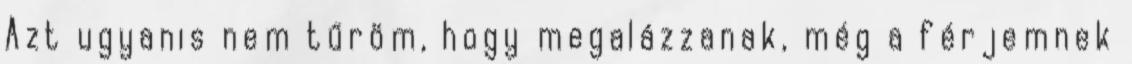
Azt ugyanis nem tűröm, hogy megalázzanak, még a férjemnek